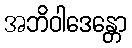
အဘိဝါဒေန္တော